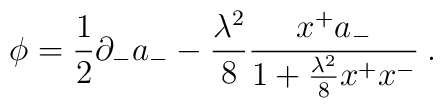
\phi={1\over2}\partial_-a_--{\lambda^2\over8}{x^+a_-\over1+{\lambda^2\over8}x^+x^-}\>.